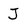
Character: J